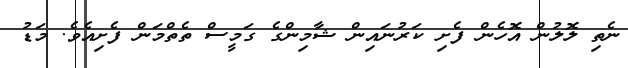
ނެތި ލޮލުން އޮހެން ފެށި ކަރުނައިން ޝާމިންގެ ގަމީސް ތެތްމަން ފެށިއެވެ. މަޑު